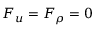
\boldsymbol { F } _ { u } = F _ { \rho } = 0